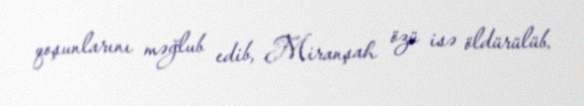
qoşunlarını məğlub edib, Miranşah özü isə öldürülüb.